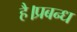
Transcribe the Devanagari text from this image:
है।प्रबन्ध